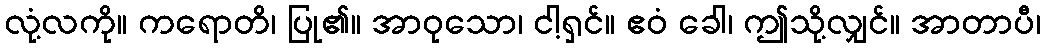
လုံ့လကို။ ကရောတိ၊ ပြု၏။ အာဝုသော၊ ငါ့ရှင်။ ဧဝံ ခေါ၊ ဤသို့လျှင်။ အာတာပီ၊